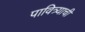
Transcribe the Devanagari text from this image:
पावित्र्याची